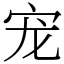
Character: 宠